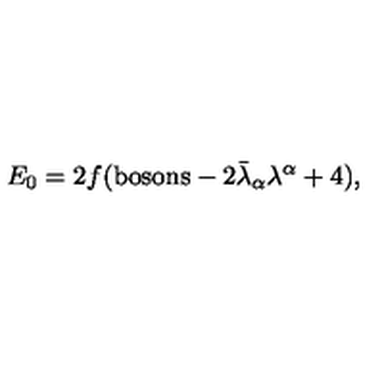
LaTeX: E _ { 0 } = 2 f ( \mathrm { b o s o n s } - 2 \bar { \lambda } _ { \alpha } \lambda ^ { \alpha } + 4 ) ,